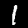
Label: 1